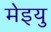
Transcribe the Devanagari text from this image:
मेइयु